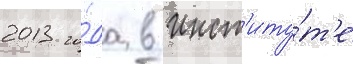
2013 го́да в инст'иту́т'е